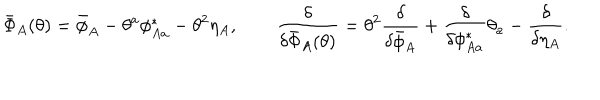
\bar { \Phi } _ { A } ( \theta ) = \bar { \phi } _ { A } - \theta ^ { a } \phi _ { A a } ^ { * } - \theta ^ { 2 } \eta _ { A } , \qquad \frac { \delta } { \delta \bar { \Phi } _ { A } ( \theta ) } = \theta ^ { 2 } \frac { \delta } { \delta \bar { \phi } _ { A } } + \frac { \delta } { \delta \phi _ { A a } ^ { * } } \theta _ { a } - \frac { \delta } { \delta \eta _ { A } } .